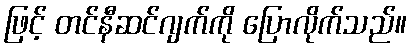
ဖြင့် တင်နီဆင်ဂျက်ကို ပြောလိုက်သည်။